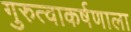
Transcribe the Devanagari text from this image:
गुरुत्वाकर्षणाला